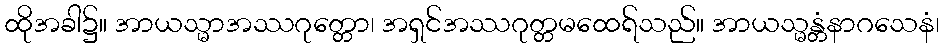
ထိုအခါ၌။ အာယသ္မာအဿဂုတ္တော၊ အရှင်အဿဂုတ္တမထေရ်သည်။ အာယသ္မန္တံနာဂသေနံ၊